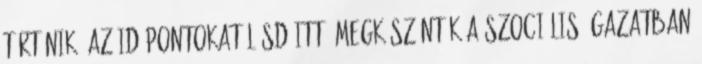
történik? Az időpontokat lásd itt. Megköszönték a szociális ágazatban